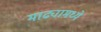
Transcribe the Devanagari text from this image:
माढ्यामध्ये